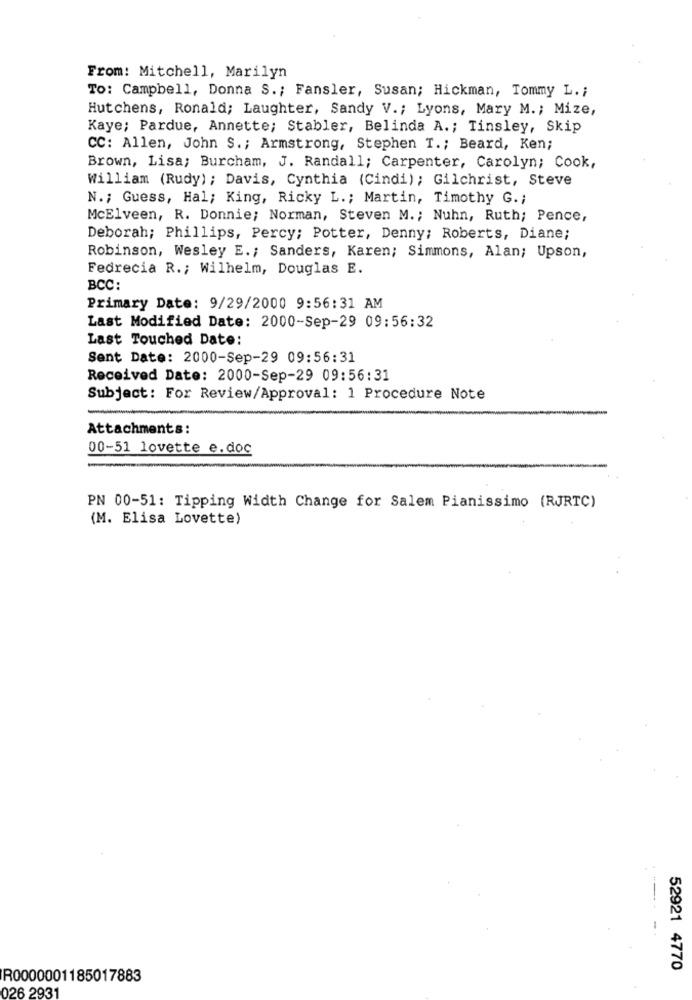
From: Mitchell, Marilyn
TO: Campbell, Donna S .; Fansler, Susan; Hickman, Tommy L .;
Hutchens, Ronald; Laughter, Sandy V .; Lyons, Mary M .; Mize,
Kaye; Pardue, Annette; Stabler, Belinda A .; Tinsley, Skip
CC: Allen, John S .; Armstrong, Stephen I .; Beard, Ken;
Brown, Lisa; Burcham, J. Randall; Carpenter, Carolyn; Cook,
William (Rudy); Davis, Cynthia (Cindi); Gilchrist, Steve
N .; Guess, Hal; King, Ricky L .; Martin, Timothy G .;
McElveen, R. Donnie; Norman, Steven M. ; Nuhn, Ruth; Pence,
Deborah; Phillips, Percy; Potter, Denny; Roberts, Diane;
Robinson, Wesley E .; Sanders, Karen; Simmons, Alan; Upson,
Fedrecia R .; Wilhelm, Douglas E.
BCC:
Primary Date: 9/29/2000 9:56:31 AM
Last Modified Date: 2000-Sep-29 09:56:32
Last Touched Date:
Sent Date: 2000-Sep-29 09:56:31
Received Date: 2000-Sep-29 09:56:31
Subject: For Review/Approval: 1 Procedure Note
Attachments:
00-51 lovette e.doc
PN 00-51: Tipping Width Change for Salem Pianissimo (RJRTC)
(M. Elisa Lovette)
52921 4770
R0000001185017883
026 2931